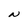
Character: N